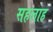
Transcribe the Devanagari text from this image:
सहलाह